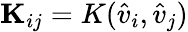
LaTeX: \mathbf{K}_{ij}=K(\hat{v}_{i},\hat{v}_{j})